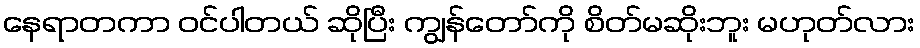
နေရာတကာ ဝင်ပါတယ် ဆိုပြီး ကျွန်တော်ကို စိတ်မဆိုးဘူး မဟုတ်လား